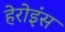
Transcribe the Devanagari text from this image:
हेरोइंस